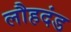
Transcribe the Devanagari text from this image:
लौहदंड